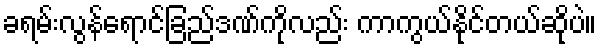
ခရမ်းလွန်ရောင်ခြည်ဒဏ်ကိုလည်း ကာကွယ်နိုင်တယ်ဆိုပဲ။